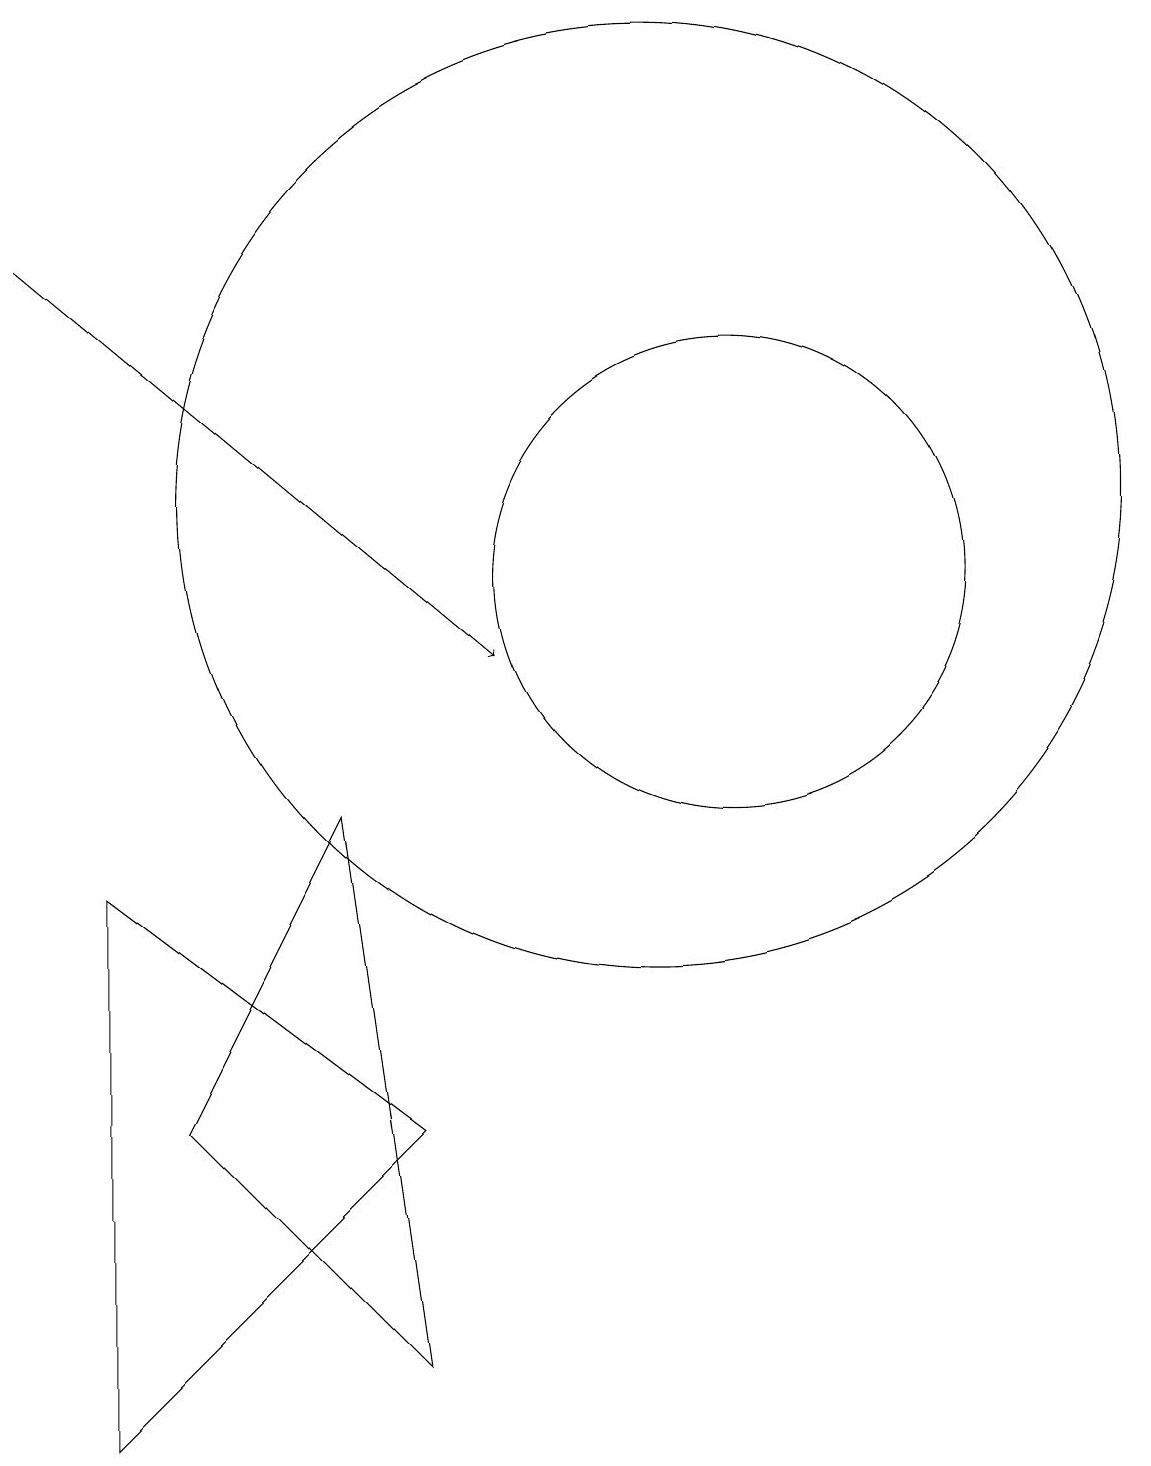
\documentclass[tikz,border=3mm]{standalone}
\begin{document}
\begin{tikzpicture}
\draw (4,4) -- (7,1) -- (6,8) -- cycle;
\draw (11,11) circle (3);
\draw[->] (2,15) -- (8,10);
\draw (10,12) circle (6);
\draw (7,4) -- (3,7) -- (3,0) -- cycle;
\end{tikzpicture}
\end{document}